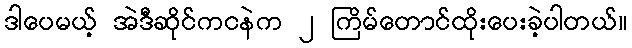
ဒါပေမယ့် အဲဒီဆိုင်ကငနဲက ၂ ကြိမ်တောင်ထိုးပေးခဲ့ပါတယ်။